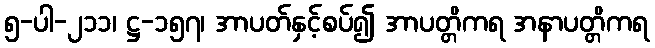
၅-ပါ-၂၁၁၊ ဋ္ဌ-၁၅၇၊ အာပတ်နှင့်စပ်၍ အာပတ္တိကရ အနာပတ္တိကရ